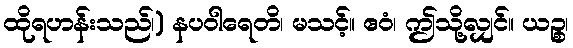
ထိုရဟန်းသည်၊) နပဝါရေတိ၊ မသင့်။ ဧဝံ၊ ဤသို့လျှင်။ ယဉ္စ၊